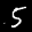
Label: 5